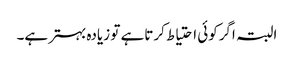
البتہ اگرکوئی احتیاط کرتاہے تو زیادہ بہترہے۔